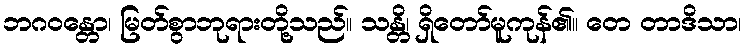
ဘဂဝန္တော၊ မြတ်စွာဘုရားတို့သည်။ သန္တိ၊ ရှိတော်မူကုန်၏။ တေ တာဒိသာ၊